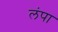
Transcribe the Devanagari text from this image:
लंपा